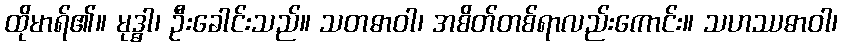
ထိုမာရ်၏။ မုဒ္ဓါ၊ ဦးခေါင်းသည်။ သတဓာဝါ၊ အစိတ်တစ်ရာလည်းကောင်း။ သဟဿဓာဝါ၊